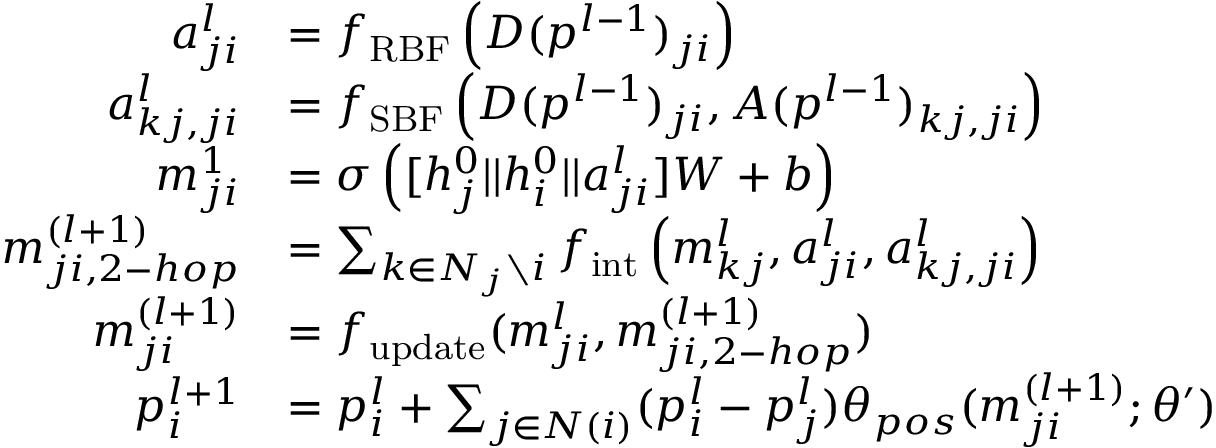
\begin{array} { r l } { a _ { j i } ^ { l } } & { = f _ { \mathrm { R B F } } \left( D ( p ^ { l - 1 } ) _ { j i } \right) } \\ { a _ { k j , j i } ^ { l } } & { = f _ { \mathrm { S B F } } \left( D ( p ^ { l - 1 } ) _ { j i } , A ( p ^ { l - 1 } ) _ { k j , j i } \right) } \\ { m _ { j i } ^ { 1 } } & { = \sigma \left( [ h _ { j } ^ { 0 } | | h _ { i } ^ { 0 } | | a _ { j i } ^ { l } ] W + b \right) } \\ { m _ { j i , 2 - h o p } ^ { ( l + 1 ) } } & { = \sum _ { k \in N _ { j } \setminus { i } } f _ { \mathrm { i n t } } \left( m _ { k j } ^ { l } , a _ { j i } ^ { l } , a _ { k j , j i } ^ { l } \right) } \\ { m _ { j i } ^ { ( l + 1 ) } } & { = f _ { \mathrm { u p d a t e } } ( m _ { j i } ^ { l } , m _ { j i , 2 - h o p } ^ { ( l + 1 ) } ) } \\ { p _ { i } ^ { l + 1 } } & { = p _ { i } ^ { l } + \sum _ { j \in N ( i ) } ( p _ { i } ^ { l } - p _ { j } ^ { l } ) \theta _ { p o s } ( m _ { j i } ^ { ( l + 1 ) } ; \theta ^ { \prime } ) } \end{array}